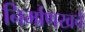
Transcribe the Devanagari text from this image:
निर्माणखर्च